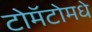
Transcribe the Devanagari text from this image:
टोमॅटोमधे